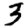
Digit: 3